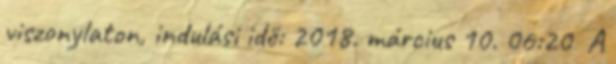
viszonylaton, indulási idő: 2018. március 10. 06:20 A